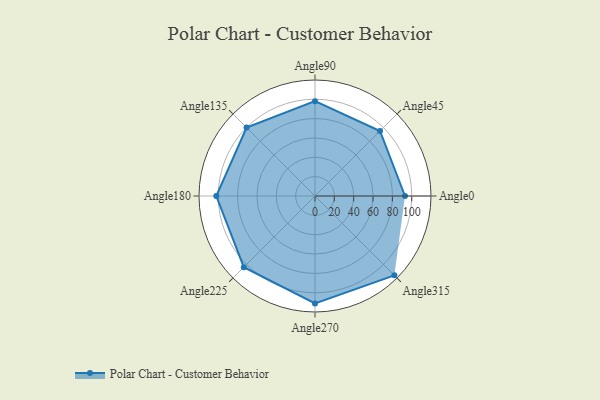
{"axis": {"x": "Angle", "y": "Radius"}, "legend": [""], "data": [{"x": "Angle0", "y": 93.0, "type": ""}, {"x": "Angle45", "y": 95.0, "type": ""}, {"x": "Angle90", "y": 98.0, "type": ""}, {"x": "Angle135", "y": 100.0, "type": ""}, {"x": "Angle180", "y": 102.0, "type": ""}, {"x": "Angle225", "y": 104.0, "type": ""}, {"x": "Angle270", "y": 111.0, "type": ""}, {"x": "Angle315", "y": 116.0, "type": ""}]}